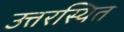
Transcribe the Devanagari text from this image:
उत्तरस्थित